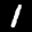
Label: 1